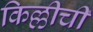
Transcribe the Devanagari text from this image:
किल्लीची